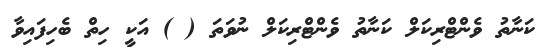
ކަނާތު ވެންޓްރިކަލް ކަނާތު ވެންޓްރިކަލް ނުވަތަ ( ) އަކީ ހިތް ބެހިފައިވާ